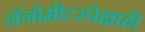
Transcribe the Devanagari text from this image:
नॅनोमीटरपेक्षाही